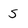
Character: S